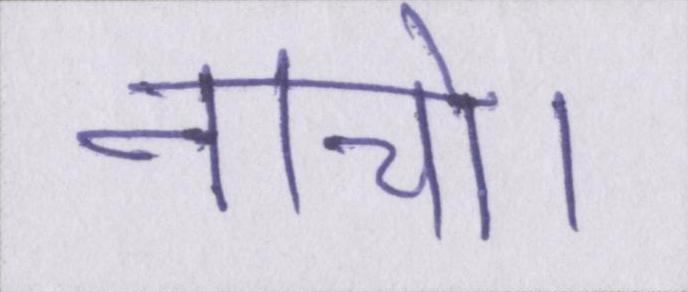
नाचो।